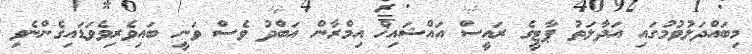
މިބައްދަލުވުމުގައި އަދާލަތު ޕާޓީގެ ރައީސް އައްޝައިޚް އިމްރާން އަބްދު ވެސް ވަނީ ބައިވެރިވެވަޑައިގެންނެވި